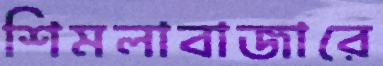
শিমলাবাজারে